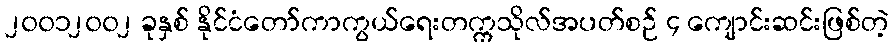
၂၀၀၁၂၀၀၂ ခုနှစ် နိုင်ငံတော်ကာကွယ်ရေးတက္ကသိုလ်အပတ်စဉ် ၄ ကျောင်းဆင်းဖြစ်တဲ့